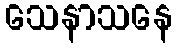
သေနာသနေ